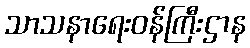
သာသနာရေးဝန်ကြီးဌာန